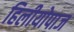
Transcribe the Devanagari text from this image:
हिलीयोपाज